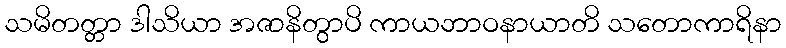
သမိတတ္တာ ဒါသိယာ အဇာနိတွာပိ ကာယဘာဝနာယာတိ သတောကာရိနာ